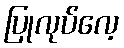
ပြုလုပ်လေ့